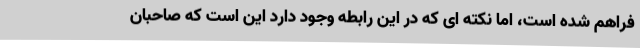
فراهم شده است، اما نکته ای که در این رابطه وجود دارد این است که صاحبان